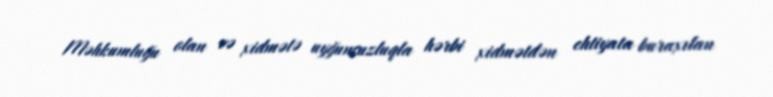
Məhkumluğu olan və xidmətə uyğunsuzluqla hərbi xidmətdən ehtiyata buraxılan